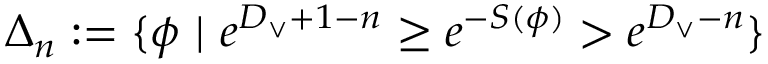
\Delta _ { n } : = \{ \phi \, \, | \, \, e ^ { D _ { \vee } + 1 - n } \geq e ^ { - S ( \phi ) } > e ^ { D _ { \vee } - n } \}